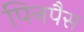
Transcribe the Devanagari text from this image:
पिनपैस